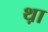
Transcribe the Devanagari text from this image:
थ़ा